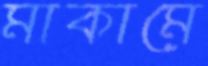
মাকামে